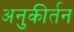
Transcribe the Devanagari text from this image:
अनुकीर्तन